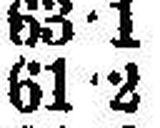
61•2